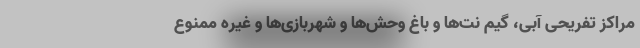
مراکز تفریحی آبی، گیم نت‌ها و باغ وحش‌ها و شهربازی‌ها و غیره ممنوع